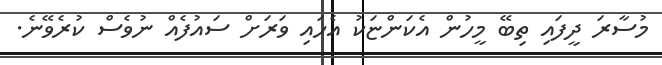
މުސާރަ ދީފައި ތިބޭ މީހުން އެކަންޏަކު އެހައި ވަރަށް ސައުފެއް ނުވެސް ކުރެވޭނެ.